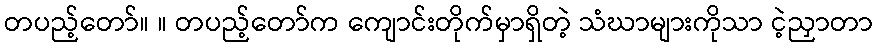
တပည့်တော်။ ။ တပည့်တော်က ကျောင်းတိုက်မှာရှိတဲ့ သံဃာများကိုသာ ငဲ့ညှာတာ